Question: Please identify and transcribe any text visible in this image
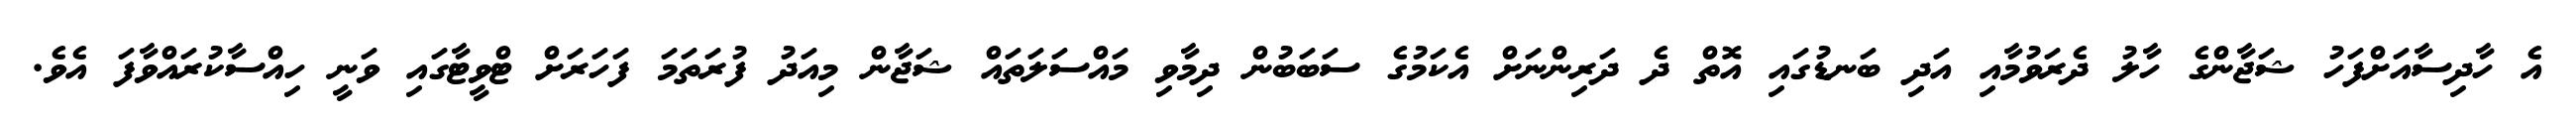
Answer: އެ ހާދިސާއަށްފަހު ޝަޖާންގެ ހާލު ދެރަވުމާއި އަދި ބަނޑުގައި އޮތް ދެ ދަރިންނަށް އެކަމުގެ ސަބަބުން ދިމާވި މައްސަލަތައް ޝަޖާން މިއަދު ފުރަތަމަ ފަހަރަށް ޓްވީޓާގައި ވަނީ ހިއްސާކުރައްވާފަ އެވެ.